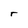
Character: r